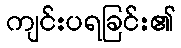
ကျင်းပရခြင်း၏